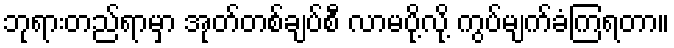
ဘုရားတည်ရာမှာ အုတ်တစ်ချပ်စီ လာမပို့လို့ ကွပ်မျက်ခံကြရတာ။